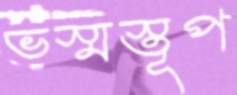
ভস্মস্তূপ